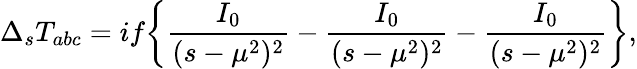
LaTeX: \Delta_{s}T_{abc}=if\bigg\{ \frac{I_{0}}{(s-\mu^{2})^{2}}-\frac{I_{0}}{(s-\mu^{2})^{2}}-\frac{I_{0}}{(s-\mu^{2})^{2}}\bigg\} ,